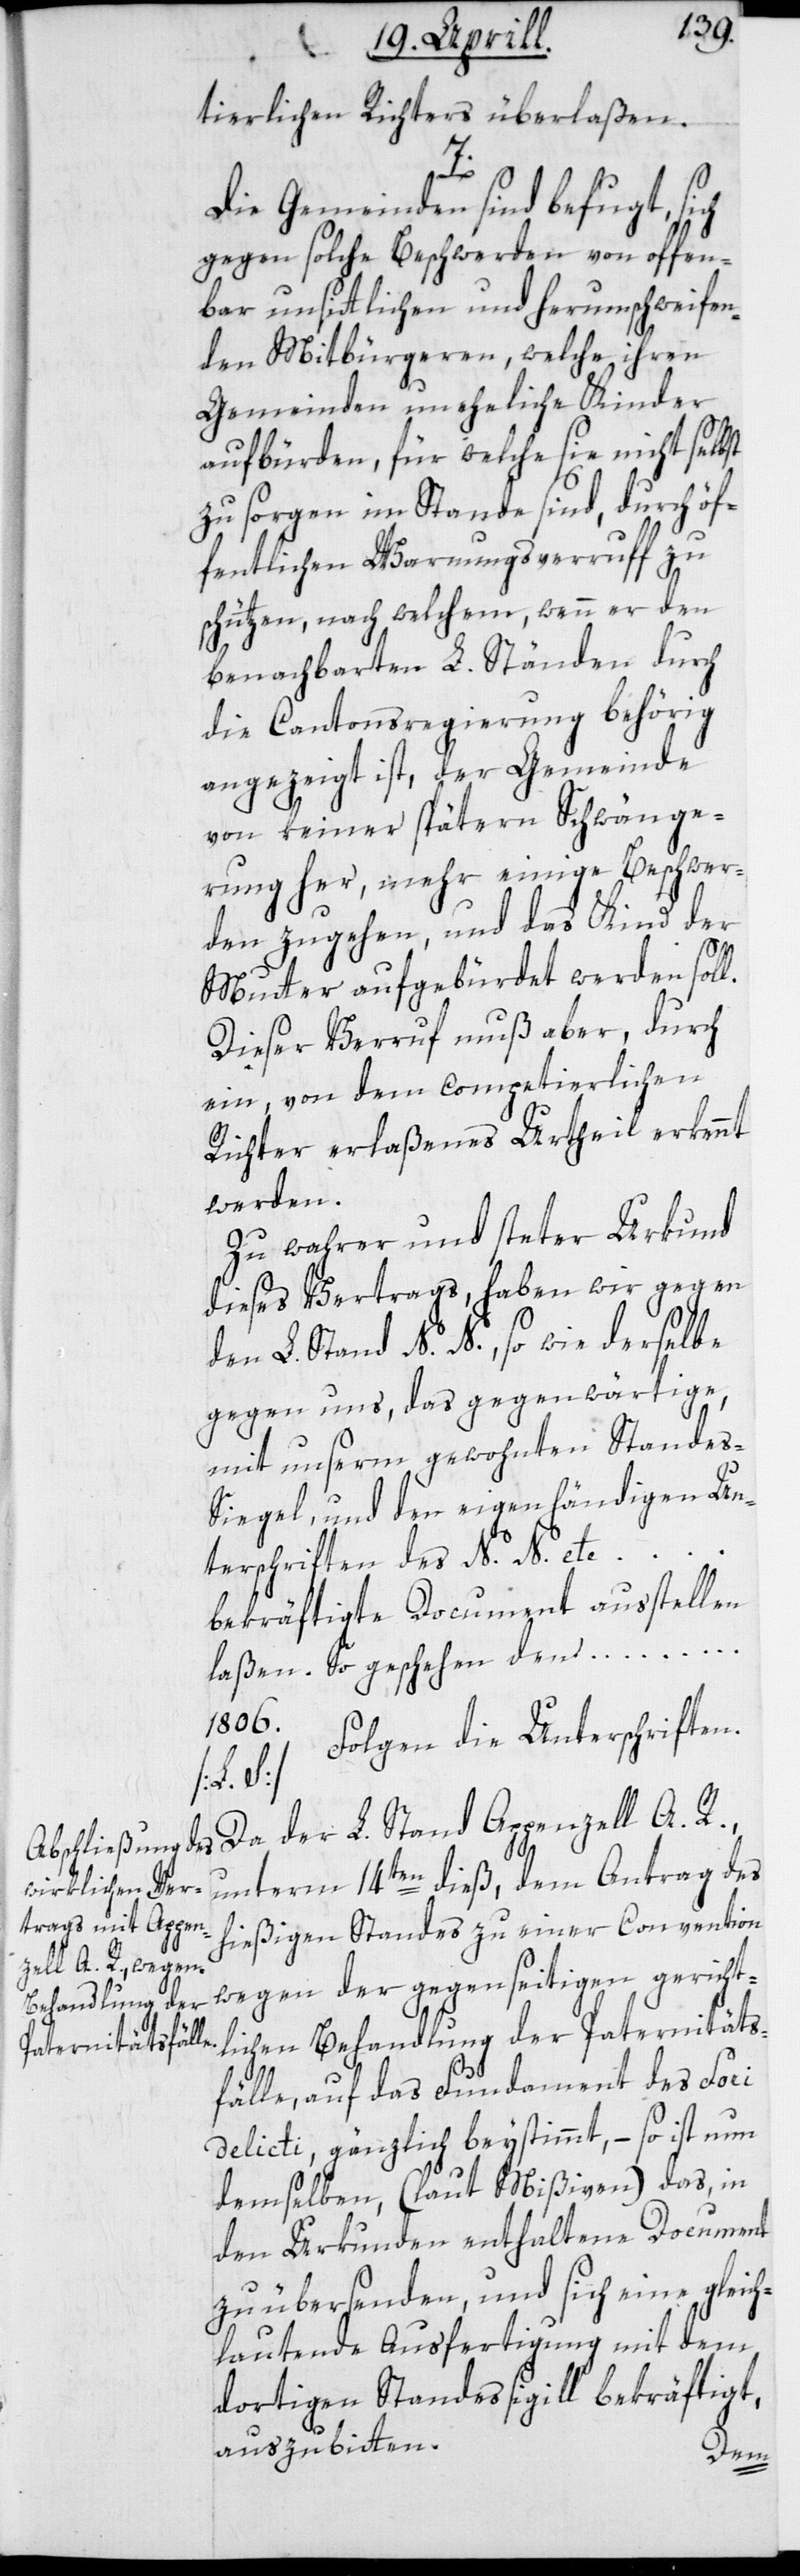
tierlichen Richters überlaßen.
7.
Die Gemeinden sind befugt, sich
gegen solche Beschwerden von offen¬
bar unsittlichen und herumschweifen¬
den Mitbürgeren, welche ihren
Gemeinden uneheliche Kinder
aufbürden, für welche sie nicht selbst
zu sorgen im Stande sind, durch öf¬
fentlichen Warnungsverruff zu
schützen, nach welchem, wenn er den
benachbarten L. Ständen durch
die Cantonsregierung behörig
angezeigt ist, der Gemeinde
von keiner spätern Schwänge¬
rung her, mehr einige Beschwer¬
den zugehen, und das Kind der
Mutter aufgebürdet werden sol¬
Dieser Verruf muß aber, durch
ein, von dem competierlichen
Richter erlaßenes Urtheil erkennt
werden.
Zu wahrer und steter Urkund
dieses Vertrags, haben wir gegen
den L. Stand N. N., so wie derselbe
gegen uns, das Gegenwärtige,
mit unserm gewohnten Standes-S¬
iegel, und den eigenhändigen Un¬
terschriften des N. N. etc. …
bekräftigte Document ausstellen
laßen. So geschehen den …
1806.
Folgen die Unterschriften.
[L. S.]
Da der L. Stand Appenzell A. R.,
l.
unterm 14ten dieß, dem Antrag des
hießigen Standes zu einer Convention
wegen der gegenseitigen gericht¬
lichen Behandlung der Paternitäts¬
fälle, auf das Fundament des Fori
delicti, gänzlich beystimmt, – so ist nun
demselben (laut Mißiven) das, in
den Urkunden enthaltene Document
zu übersenden, und sich eine gleich¬
lautende Ausfertigung mit dem
dortigen Standessigill bekräftigt,
auszubitten.